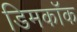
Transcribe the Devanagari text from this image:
डिमकॉक